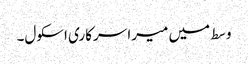
وسط میں میرا سرکاری اسکول۔